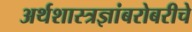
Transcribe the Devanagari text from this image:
अर्थशास्त्रज्ञांबरोबरीचे